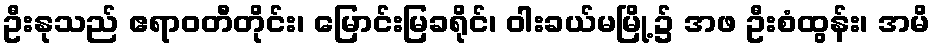
ဦးနုသည် ဧရာဝတီတိုင်း၊ မြောင်းမြခရိုင်၊ ဝါးခယ်မမြို့၌ အဖ ဦးစံထွန်း၊ အမိ